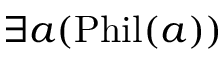
\exists a ( { \mathrm { P h i l } } ( a ) )